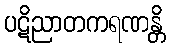
ပဋိညာတကရဏန္တိ